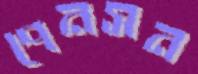
পেনসন